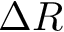
\Delta R